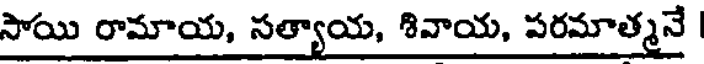
సాయి రామాయ, సత్యాయ, శివాయ, పరమాత్మనే